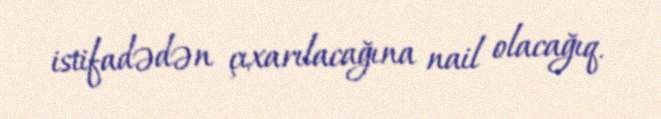
istifadədən çıxarılacağına nail olacağıq.